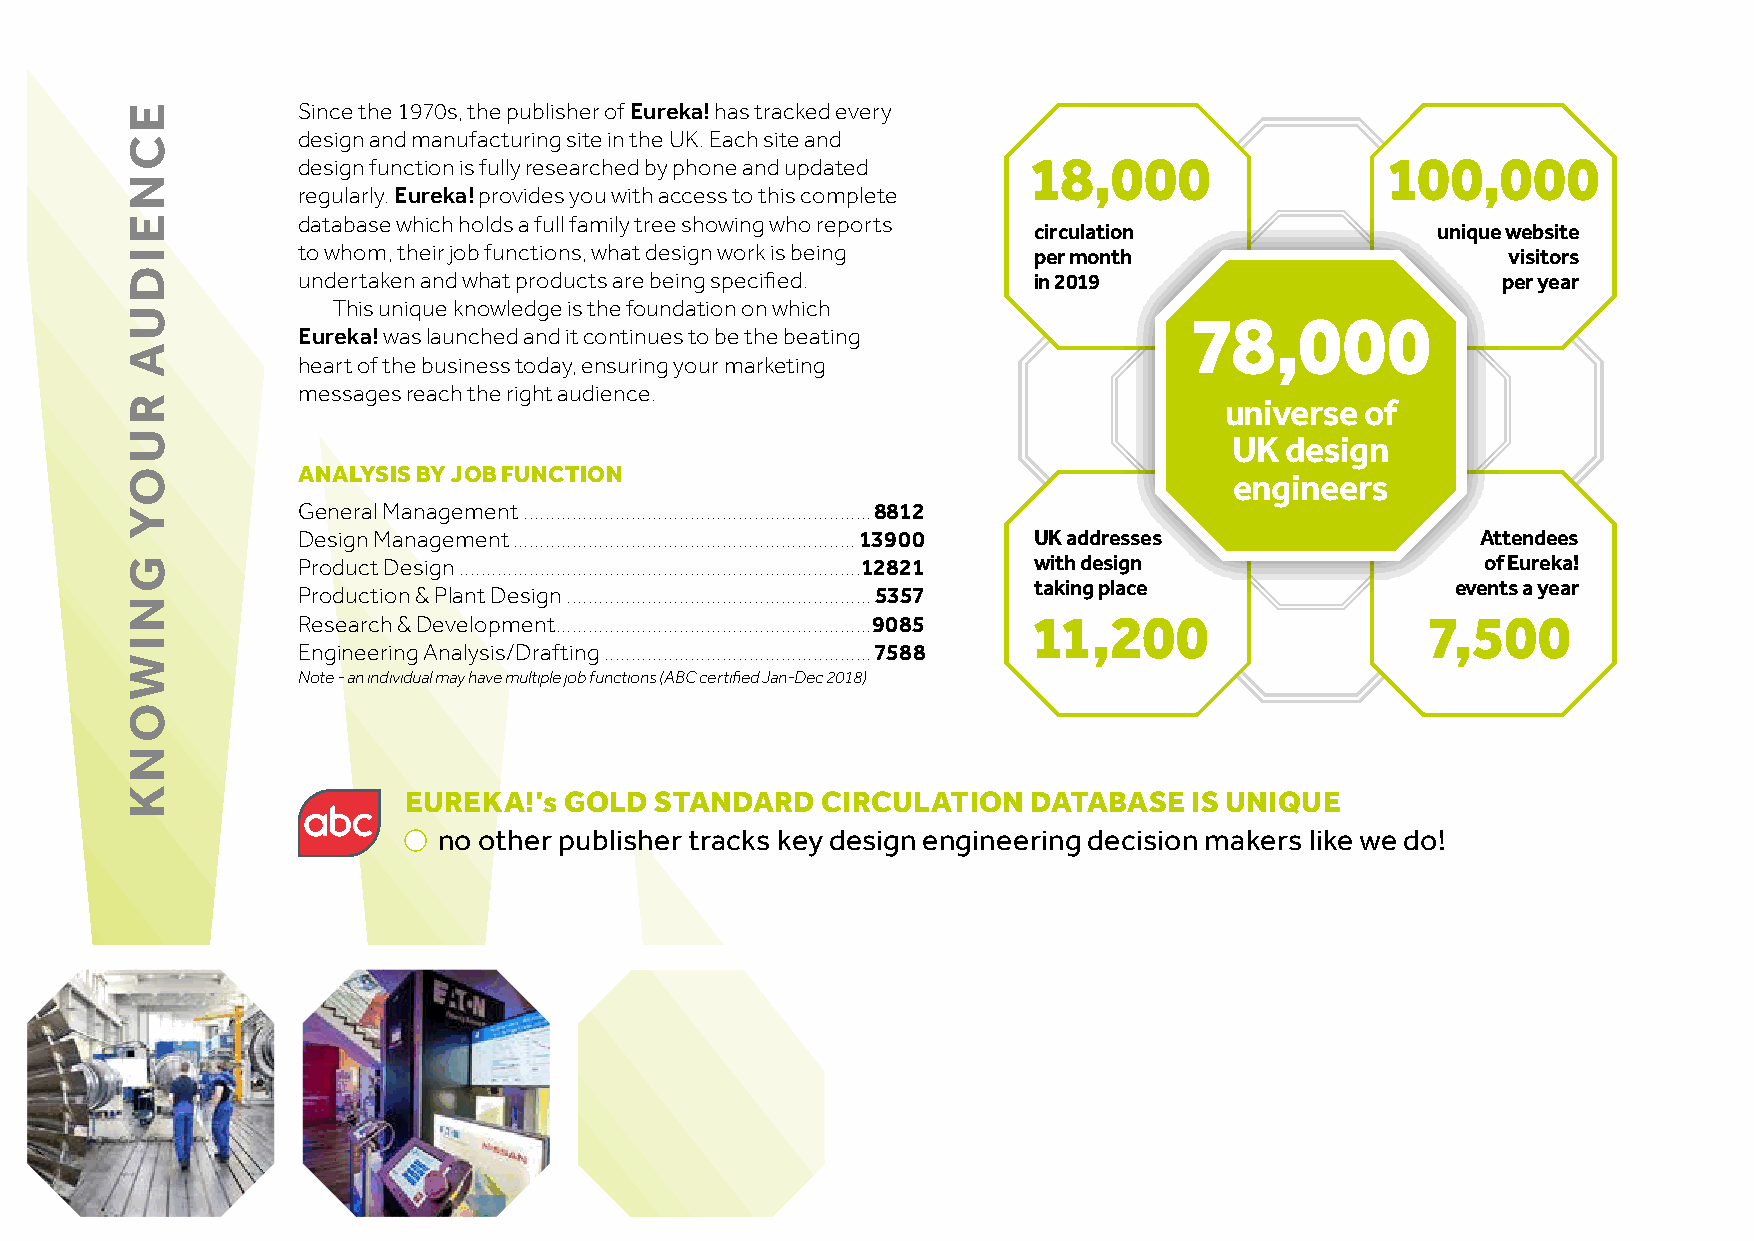
Since the 1970s, the publisher of Eureka! has tracked every
 design and manufacturing site in the UK. Each site and
 design function is fully researched by phone and updated
 18,000                  100,000
 regularly. Eureka! provides you with access to this complete
 database which holds a full family tree showing who reports
 circulation                unique website
 to whom, their job functions, what design work is being per month               visitors
 undertaken and what products are being specified. in 2019                      per year
 This unique knowledge is the foundation on which
 Eureka! was launched and it continues to be the beating
 78,000
 heart of the business today, ensuring your marketing
 messages reach the right audience.
 universe of
 UK design
 ANALYSIS BY JOB FUNCTION
 engineers
 General Management .................................................................8812
 Design Management ................................................................13900 UK addresses Attendees
 Product Design ...........................................................................12821 with design of Eureka!
 taking place                events a year
 Production & Plant Design .........................................................5357
 Research & Development ...........................................................9085
 11,200                    7,500
 Engineering Analysis/Drafting ..................................................7588
 Note - an individual may have multiple job functions (ABC certified Jan-Dec 2018)
 EUREKA!’s GOLD  STANDARD   CIRCULATION   DATABASE   IS UNIQUE
 ●●
 no other publisher tracks key design engineering decision makers like we do!
 ECNEIDUA
 RUOY
 GNIWONK